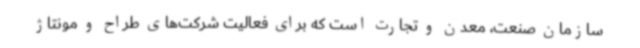
سازمان صنعت، معدن و تجارت است که برای فعالیت شرکت‌های طراح و مونتاژ